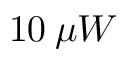
1 0 \: \mu W